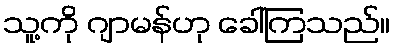
သူ့ကို ဂျာမန်ဟု ခေါ်ကြသည်။